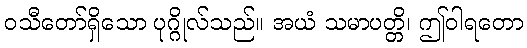
ဝသီတော်ရှိသော ပုဂ္ဂိုလ်သည်။ အယံ သမာပတ္တိ၊ ဤဝါရတော